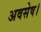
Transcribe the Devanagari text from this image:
अवसेष।